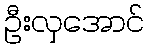
ဦးလှအောင်